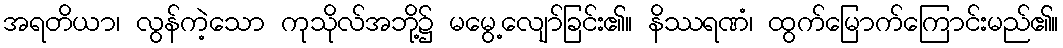
အရတိယာ၊ လွန်ကဲ့သော ကုသိုလ်အဘို့၌ မမွေ့လျော်ခြင်း၏။ နိဿရဏံ၊ ထွက်မြောက်ကြောင်းမည်၏။